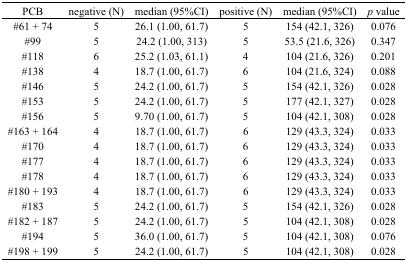
<table><thead><tr><td><b>PCB</b></td><td><b>negative (N)</b></td><td><b>median (95%CI)</b></td><td><b>positive (N)</b></td><td><b>median (95%CI)</b></td><td><b><i>p</i> value</b></td></tr></thead><tbody><tr><td>#61 + 74</td><td>5</td><td>26.1 (1.00, 61.7)</td><td>5</td><td>154 (42.1, 326)</td><td>0.076</td></tr><tr><td>#99</td><td>5</td><td>24.2 (1.00, 313)</td><td>5</td><td>53.5 (21.6, 326)</td><td>0.347</td></tr><tr><td>#118</td><td>6</td><td>25.2 (1.03, 61.1)</td><td>4</td><td>104 (21.6, 326)</td><td>0.201</td></tr><tr><td>#138</td><td>4</td><td>18.7 (1.00, 61.7)</td><td>6</td><td>104 (21.6, 324)</td><td>0.088</td></tr><tr><td>#146</td><td>5</td><td>24.2 (1.00, 61.7)</td><td>5</td><td>154 (42.1, 326)</td><td>0.028</td></tr><tr><td>#153</td><td>5</td><td>24.2 (1.00, 61.7)</td><td>5</td><td>177 (42.1, 327)</td><td>0.028</td></tr><tr><td>#156</td><td>5</td><td>9.70 (1.00, 61.7)</td><td>5</td><td>104 (42.1, 308)</td><td>0.028</td></tr><tr><td>#163 + 164</td><td>4</td><td>18.7 (1.00, 61.7)</td><td>6</td><td>129 (43.3, 324)</td><td>0.033</td></tr><tr><td>#170</td><td>4</td><td>18.7 (1.00, 61.7)</td><td>6</td><td>129 (43.3, 324)</td><td>0.033</td></tr><tr><td>#177</td><td>4</td><td>18.7 (1.00, 61.7)</td><td>6</td><td>129 (43.3, 324)</td><td>0.033</td></tr><tr><td>#178</td><td>4</td><td>18.7 (1.00, 61.7)</td><td>6</td><td>129 (43.3, 324)</td><td>0.033</td></tr><tr><td>#180 + 193</td><td>4</td><td>18.7 (1.00, 61.7)</td><td>6</td><td>129 (43.3, 324)</td><td>0.033</td></tr><tr><td>#183</td><td>5</td><td>24.2 (1.00, 61.7)</td><td>5</td><td>154 (42.1, 326)</td><td>0.028</td></tr><tr><td>#182 + 187</td><td>5</td><td>24.2 (1.00, 61.7)</td><td>5</td><td>104 (42.1, 308)</td><td>0.028</td></tr><tr><td>#194</td><td>5</td><td>36.0 (1.00, 61.7)</td><td>5</td><td>104 (42.1, 308)</td><td>0.076</td></tr><tr><td>#198 + 199</td><td>5</td><td>24.2 (1.00, 61.7)</td><td>5</td><td>104 (42.1, 308)</td><td>0.028</td></tr></tbody></table>